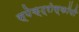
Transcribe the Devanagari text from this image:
स्पेक्ट्रोस्कॉपी